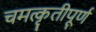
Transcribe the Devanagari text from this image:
चमत्कृतीपूर्ण